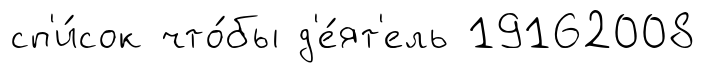
сп'и́сок что́бы д'е́ят'ель 19162008